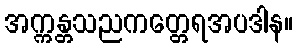
အက္ကန္တသညကတ္တေရအပဒါန။